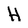
Character: H